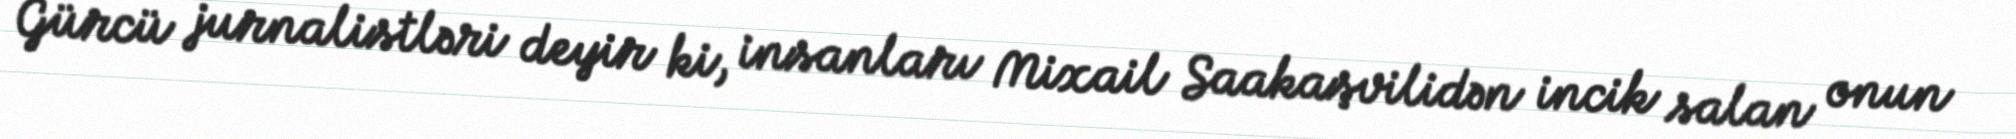
Gürcü jurnalistləri deyir ki, insanları Mixail Saakaşvilidən incik salan onun